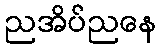
ညအိပ်ညနေ